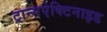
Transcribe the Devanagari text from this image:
ट्रान्सऐक्टिनाइड